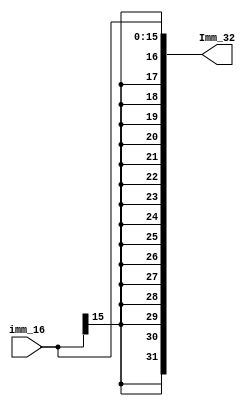
`timescale 1ns / 1ps
//////////////////////////////////////////////////////////////////////////////////
// Company: 
// Engineer: 
// 
// Design Name: 
// Module Name:    Ext_32 
// Project Name: 
// Target Devices: 
// Tool versions: 
// Description: 
//
// Dependencies: 
//
// Revision: 
// Revision 0.01 - File Created
// Additional Comments: 
//
//////////////////////////////////////////////////////////////////////////////////
module Ext_32(input[15:0]imm_16,output[31:0]Imm_32
    );
	assign Imm_32={imm_16[15],imm_16[15],imm_16[15],imm_16[15],imm_16[15],imm_16[15],imm_16[15],imm_16[15],imm_16[15],imm_16[15],imm_16[15],imm_16[15],imm_16[15],imm_16[15],imm_16[15],imm_16[15],imm_16[15:0]};

endmodule